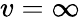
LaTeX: v=\infty